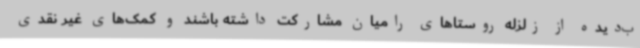
ب‌دیده از زلزله روستاهای رامیان مشارکت داشته باشند و کمک‌های غیر نقدی